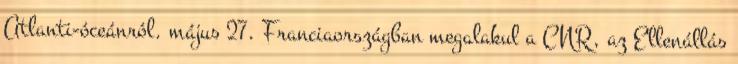
Atlanti-óceánról. május 27. Franciaországban megalakul a CNR, az Ellenállás